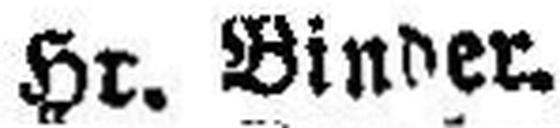
Hr. Binder.